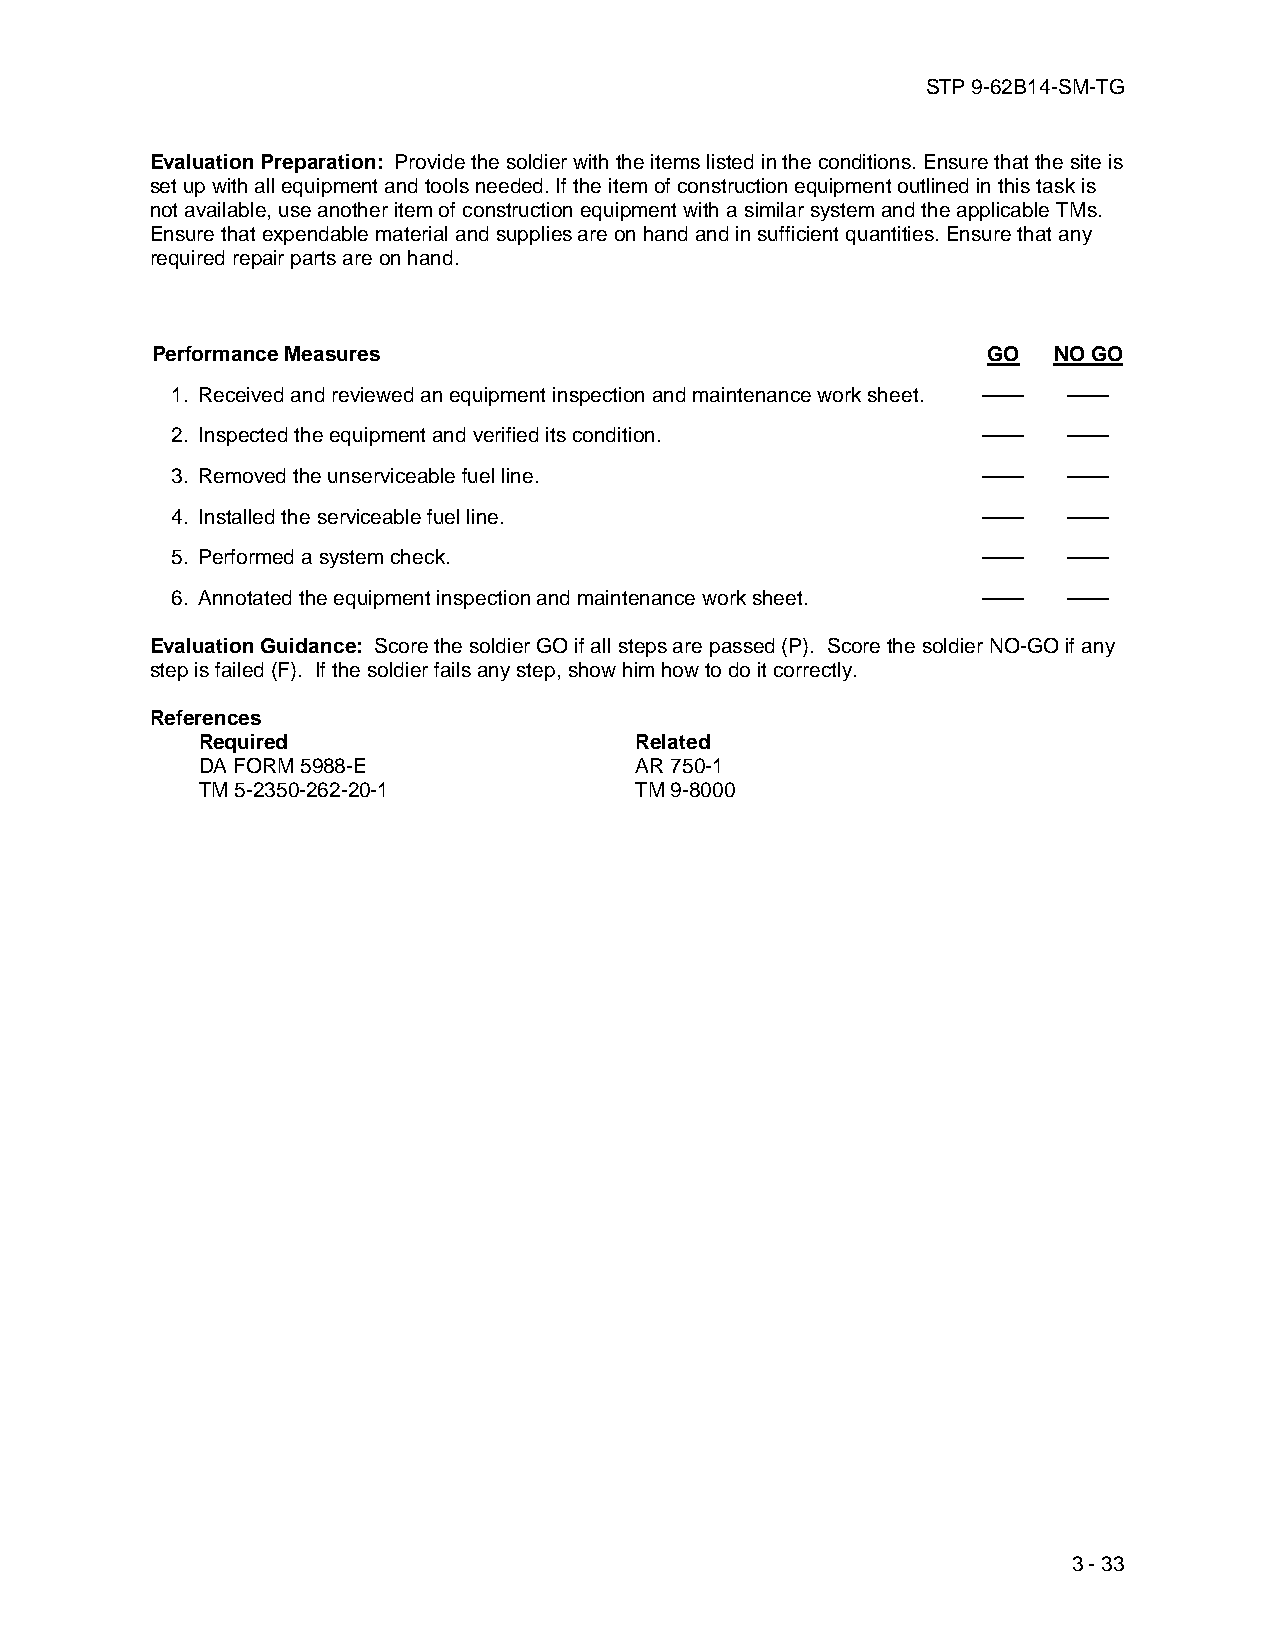
STP 9-62B14-SM-TG
 Evaluation Preparation: Provide the soldier with the items listed in the conditions. Ensure that the site is
 set up with all equipment and tools needed. If the item of construction equipment outlined in this task is
 not available, use another item of construction equipment with a similar system and the applicable TMs.
 Ensure that expendable material and supplies are on hand and in sufficient quantities. Ensure that any
 required repair parts are on hand.
 Performance Measures                                   GO   NO GO
 1. Received and reviewed an equipment inspection and maintenance work sheet. —— ——
 2. Inspected the equipment and verified its condition. ——   ——
 3. Removed the unserviceable fuel line.               ——    ——
 4. Installed the serviceable fuel line.               ——    ——
 5. Performed a system check.                          ——    ——
 6. Annotated the equipment inspection and maintenance work sheet. —— ——
 Evaluation Guidance: Score the soldier GO if all steps are passed (P). Score the soldier NO-GO if any
 step is failed (F). If the soldier fails any step, show him how to do it correctly.
 References
 Required                     Related
 DA FORM 5988-E               AR 750-1
 TM 5-2350-262-20-1           TM 9-8000
 3 - 33